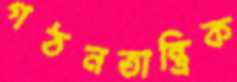
গঠনতান্ত্রিক